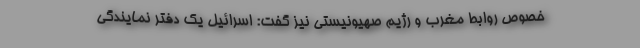
خصوص روابط مغرب و رژیم صهیونیستی نیز گفت: اسرائیل یک دفتر نمایندگی